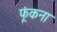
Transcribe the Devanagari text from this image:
फूंकना